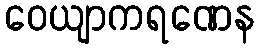
ဝေယျာကရဏေန